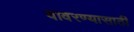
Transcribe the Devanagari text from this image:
वावरण्यासाठी